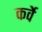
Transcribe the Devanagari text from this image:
कर्वेे